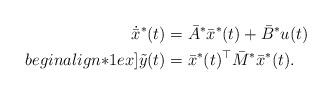
LaTeX: \begin{align*} \dot{\bar{x}}^*(t) & = \bar{A}^* \bar{x}^*(t) + \bar{B}^* u(t) \\begin{align*}1ex] \tilde{y}(t) & = \bar{x}^*(t)^\top \bar{M}^* \bar{x}^*(t) . \\ \end{align*}